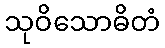
သုဝိသောဓိတံ